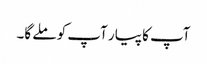
آپ کا پیار آپ کو ملے گا۔